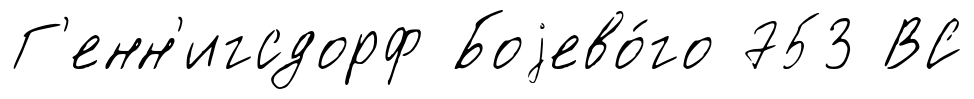
Г'енн'игсдорф Боjево́го 753 ВС